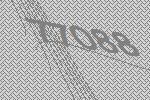
77088